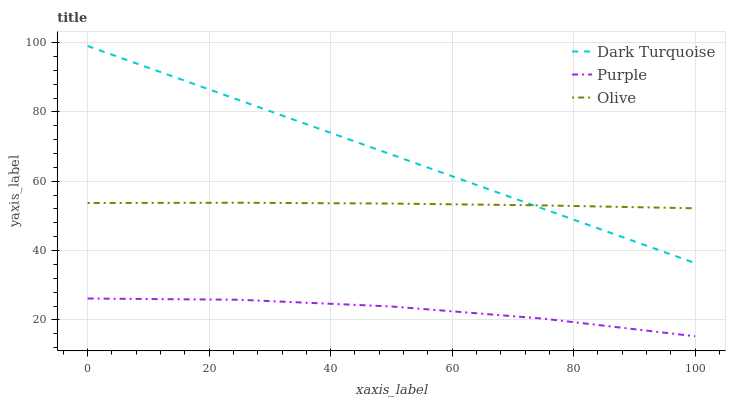
| xaxis_label | Dark Turquoise | Purple | Olive |
 | --- | --- | --- | --- |
 | 0 | 99 | 26.2 | 53.7 |
 | 25 | 83.3 | 25.8 | 53.8 |
 | 50 | 67.7 | 23.9 | 53.6 |
 | 75 | 52 | 20.4 | 53 |
 | 100 | 36.4 | 15.3 | 52.2 |